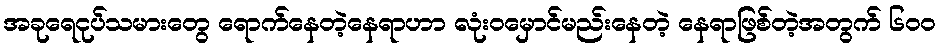
အခုရေငုပ်သမားတွေ ရောက်နေတဲ့နေရာဟာ လုံးဝမှောင်မည်းနေတဲ့ နေရာဖြစ်တဲ့အတွက် ၆၀၀